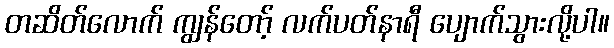
တဆိတ်လောက် ကျွန်တော့် လက်ပတ်နာရီ ပျောက်သွားလို့ပါ။